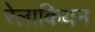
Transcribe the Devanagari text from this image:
रेलाकियन